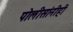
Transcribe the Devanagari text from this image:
पोलीसांनीही